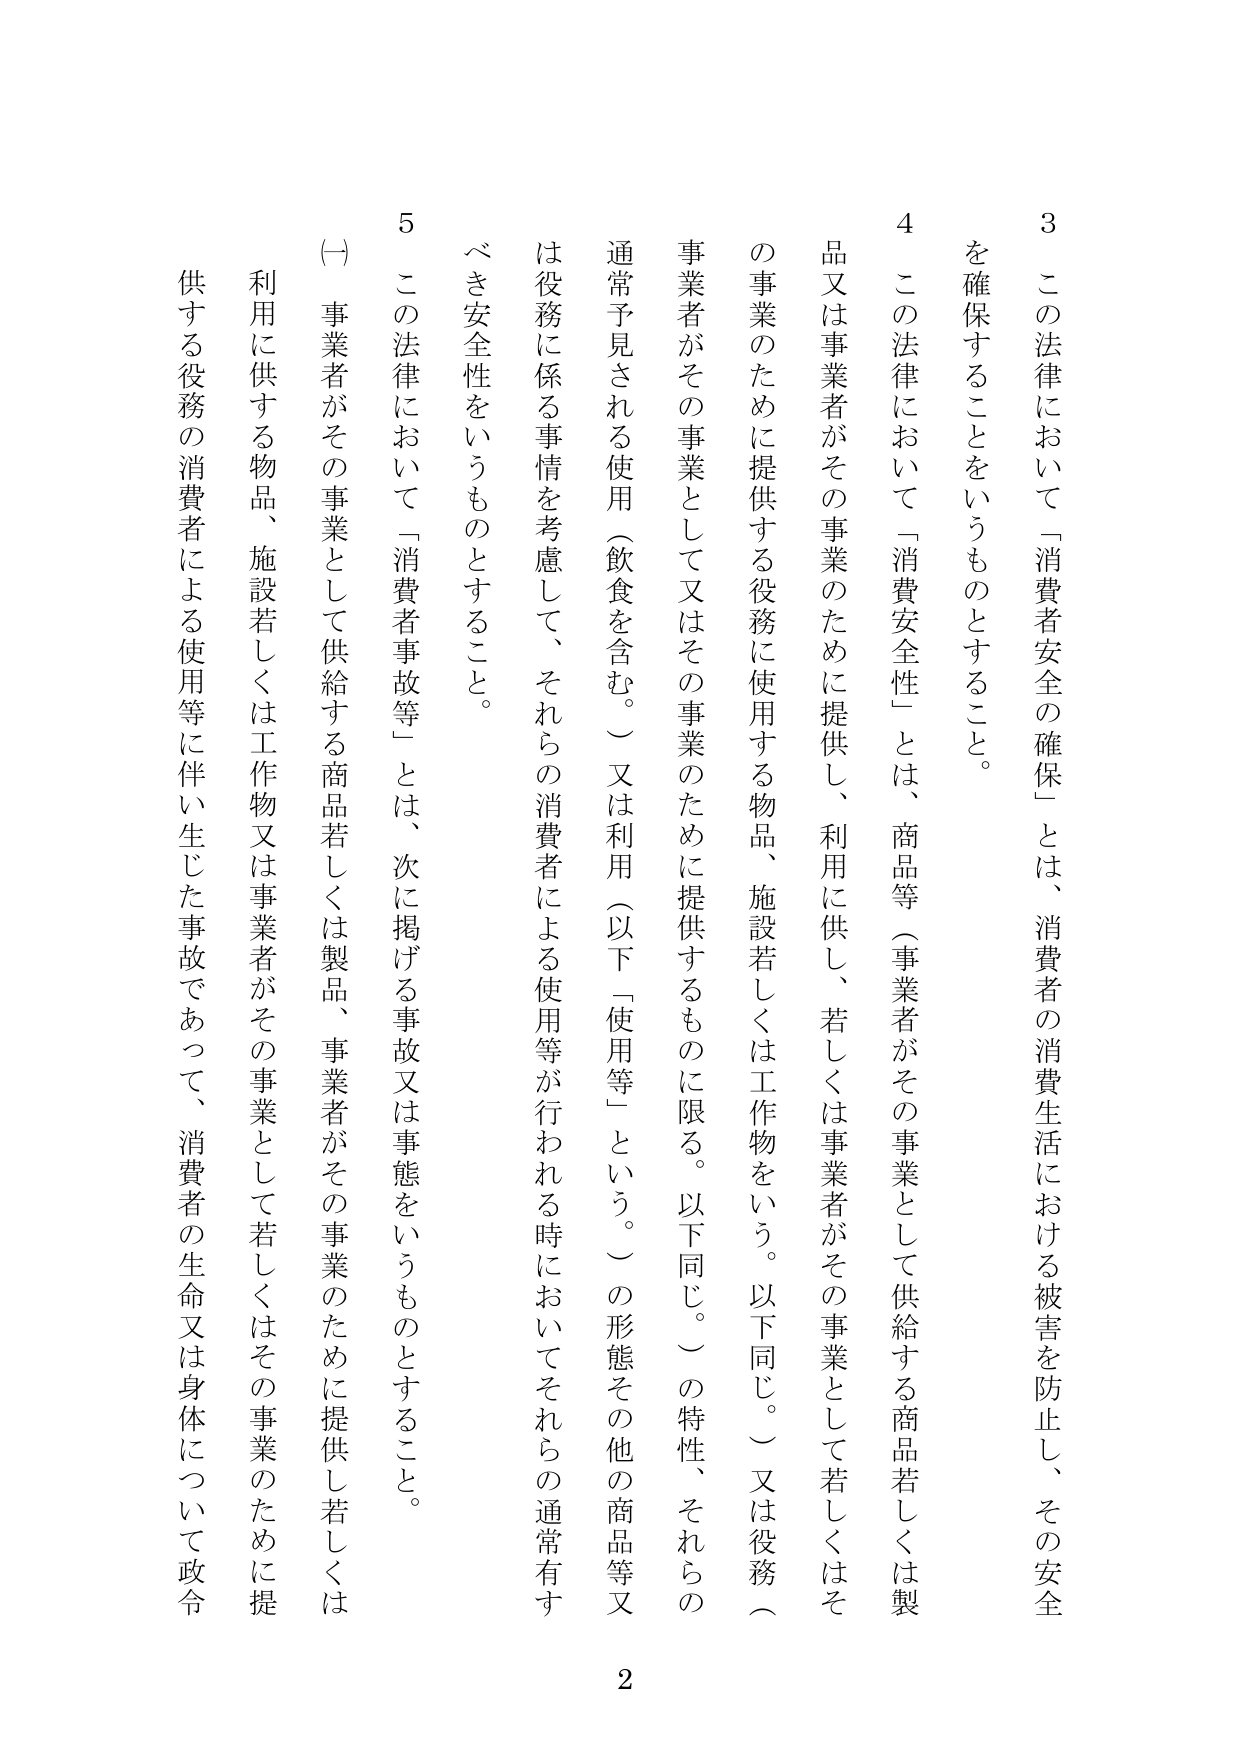
3 この法律において「消費者安全の確保」とは、消費者の消費生活における被害を防止し、その安全を確保することをいうものとすること。

4 この法律において「消費安全性」とは、商品等（事業者がその事業として供給する商品若しくは製品又は事業者がその事業のために提供し、利用に供し、若しくは事業者がその事業として若しくはその事業のために提供する役務に使用する物品、施設若しくは工作物をいう。以下同じ。）又は役務（事業者がその事業として又はその事業のために提供するものに限る。以下同じ。）の特性、それらの通常予見される使用（飲食を含む。）又は利用（以下「使用等」という。）の形態その他の商品等又は役務に係る事情を考慮して、それらの消費者による使用等が行われる時においてそれらの通常有すべき安全性をいうものとすること。

5 この法律において「消費者事故等」とは、次に掲げる事故又は事態をいうものとすること。

（一）事業者がその事業として供給する商品若しくは製品、事業者がその事業のために提供し若しくは利用に供する物品、施設若しくは工作物又は事業者がその事業として若しくはその事業のために提供する役務の消費者による使用等に伴い生じた事故であって、消費者の生命又は身体について政令